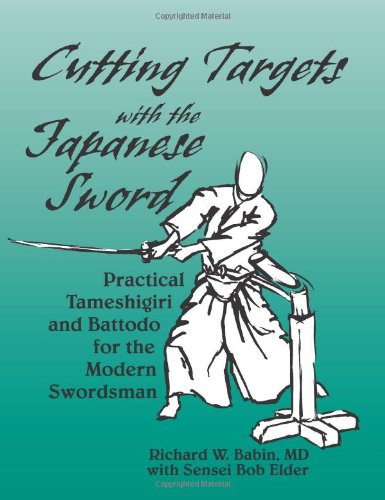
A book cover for Cutting Targets With The Japanese Sword: Practical Tameshigiri and Battodo; Richard Babin; Sports & Outdoors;